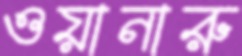
ওয়ানারু